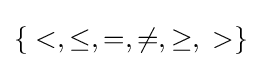
\{\;<,\leq ,=,\neq ,\geq ,\;>\}